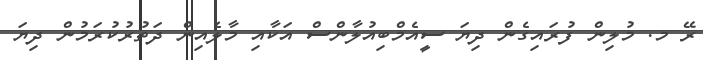
ރޭ މ. މުލިން ފުރައިގެން ދިޔަ ސީއެމްބިއުލާންސް އަކާއި މާލެއިން ދަތުރުކުރަމުން ދިޔަ